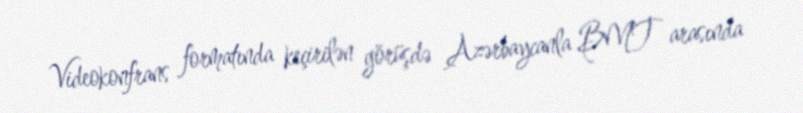
Videokonfrans formatında keçirilən görüşdə Azərbaycanla BMT arasında